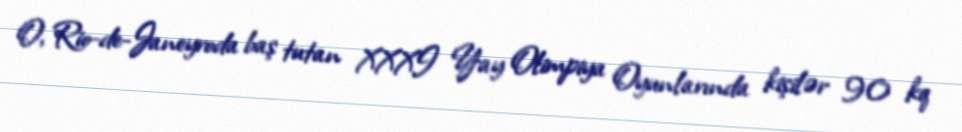
O, Rio-de-Janeyroda baş tutan XXXI Yay Olimpiya Oyunlarında kişilər 90 kq